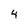
Character: 4